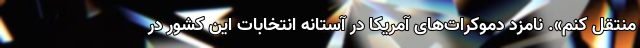
منتقل کنم». نامزد دموکرات‌های آمریکا در آستانه انتخابات این کشور در